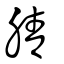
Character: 腈